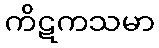
ကိဋကသမာ